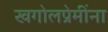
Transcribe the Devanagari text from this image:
खगोलप्रेमींना